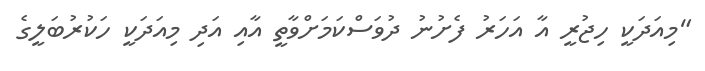
"މިއަދަކީ ހިޖުރީ އާ އަހަރު ފެށުނު ދުވަސްކަމަށްވާތީ އާއި އަދި މިއަދަކީ ހަކުރުބަލީގެ